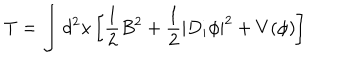
T = \int d ^ { 2 } x \left[ \frac { 1 } { 2 } B ^ { 2 } + \frac { 1 } { 2 } | D _ { i } \phi | ^ { 2 } + V ( \phi ) \right]